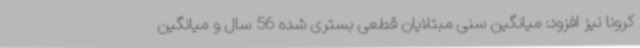
کرونا نیز افزود: میانگین سنی مبتلایان قطعی بستری شده 56 سال و میانگین